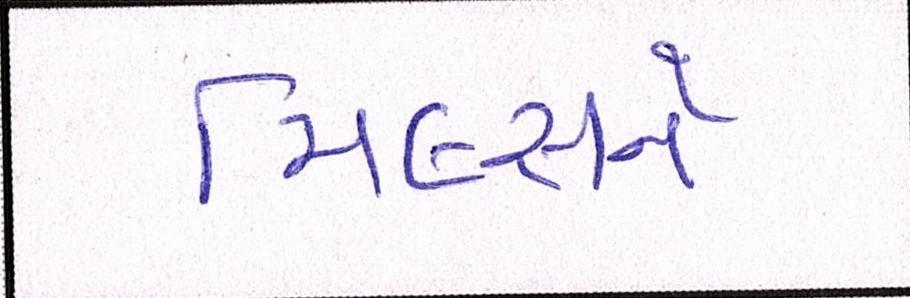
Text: મિલ્સને